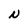
Character: N